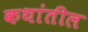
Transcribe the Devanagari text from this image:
कथांतील